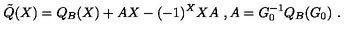
\tilde { Q } ( X ) = Q _ { B } ( X ) + A X - ( - 1 ) ^ { X } X A \ , A = G _ { 0 } ^ { - 1 } Q _ { B } ( G _ { 0 } ) \ .